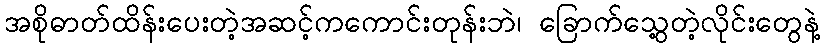
အစိုဓာတ်ထိန်းပေးတဲ့အဆင့်ကကောင်းတုန်းဘဲ၊ ခြောက်သွေ့တဲ့လိုင်းတွေနဲ့